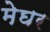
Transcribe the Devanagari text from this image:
मेघर